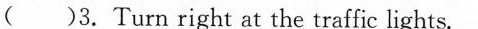
( )3. Turn right at the traffic lights.